Leaving Certificate Examination, 1922
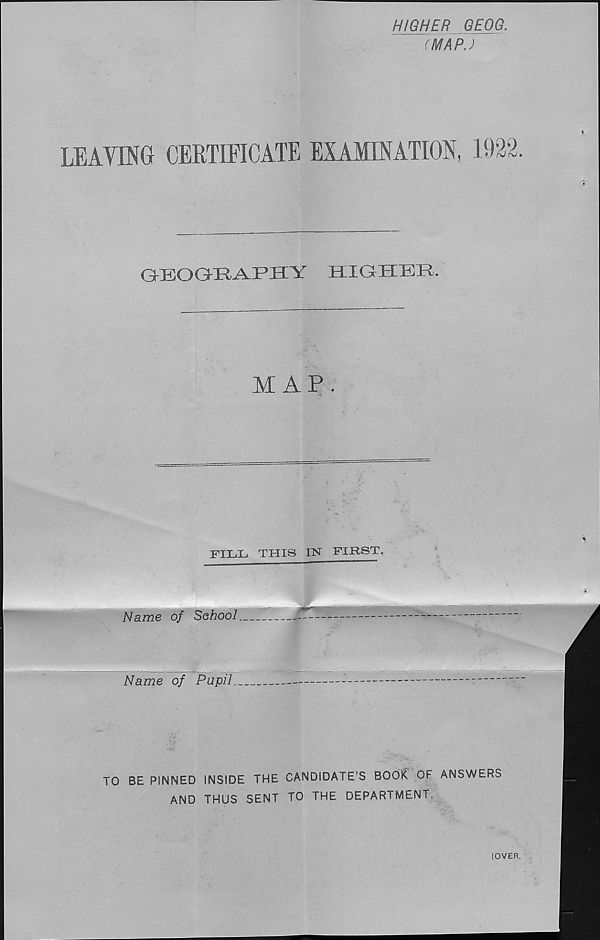
HIGHER GEOG,
(MAP.)
LEAVING CERTIFICATE EXAMINATION,
GEOGRAPHY
HIGHER.
M AP .
FILL THIS IN FIRST,
Name of School.
Name of Pupil
TO BE PINNED INSIDE THE CANDIDATE’S BOOK OF ANSWERS
AND THUS SENT TO THE DEPARTMENT.
[OVER.